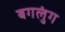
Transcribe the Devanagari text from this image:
बगलुंग